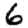
Digit: 6